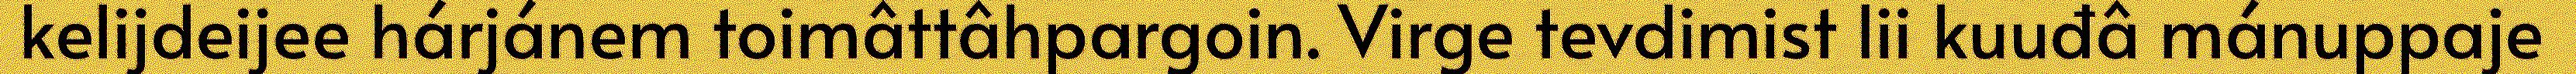
kelijdeijee hárjánem toimâttâhpargoin. Virge tevdimist lii kuuđâ mánuppaje